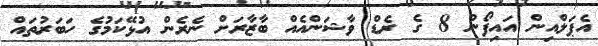
އެޕަލްއިން އައިފޯން 8 ގެ ރެޑް ވާޝަންއެއް ބާޒާރަށް ނެރެން އުޅޭކަމުގެ ހަބަރުތައް